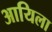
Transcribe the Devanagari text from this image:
आयिला